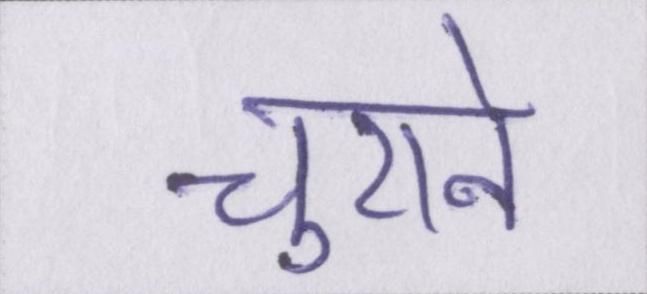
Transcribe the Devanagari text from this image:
चुराने